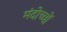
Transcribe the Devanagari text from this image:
मंदोच्चों